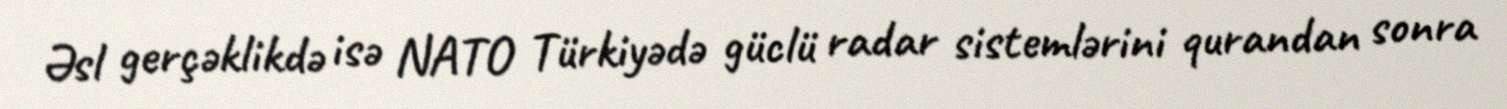
Əsl gerçəklikdə isə NATO Türkiyədə güclü radar sistemlərini qurandan sonra